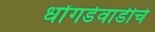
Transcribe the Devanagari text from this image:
धोंगडेवाडीचे